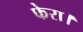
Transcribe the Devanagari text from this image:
फेरा।